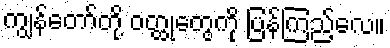
ကျွန်တော်တို့ ဝတ္ထုတွေကို ပြန်ကြည့်လေ။